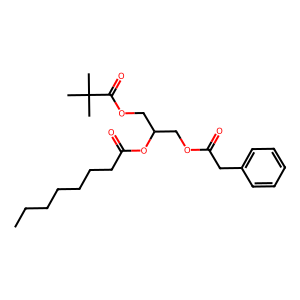
SMILES: CCCCCCCC(=O)OC(COC(=O)Cc1ccccc1)COC(=O)C(C)(C)C
Inhibits HIV replication: No